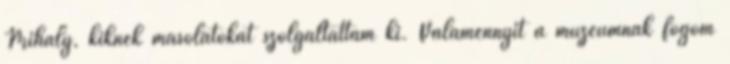
Mihály, kiknek másolatokat szolgáltattam ki. Valamennyit a múzeumnak fogom